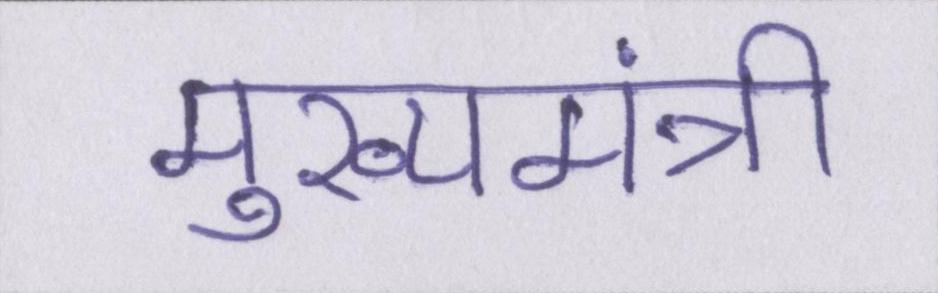
मुख्यमंत्री